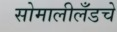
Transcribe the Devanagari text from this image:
सोमालीलँडचे